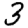
Digit: 3